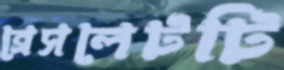
ব্রেসলেটটি